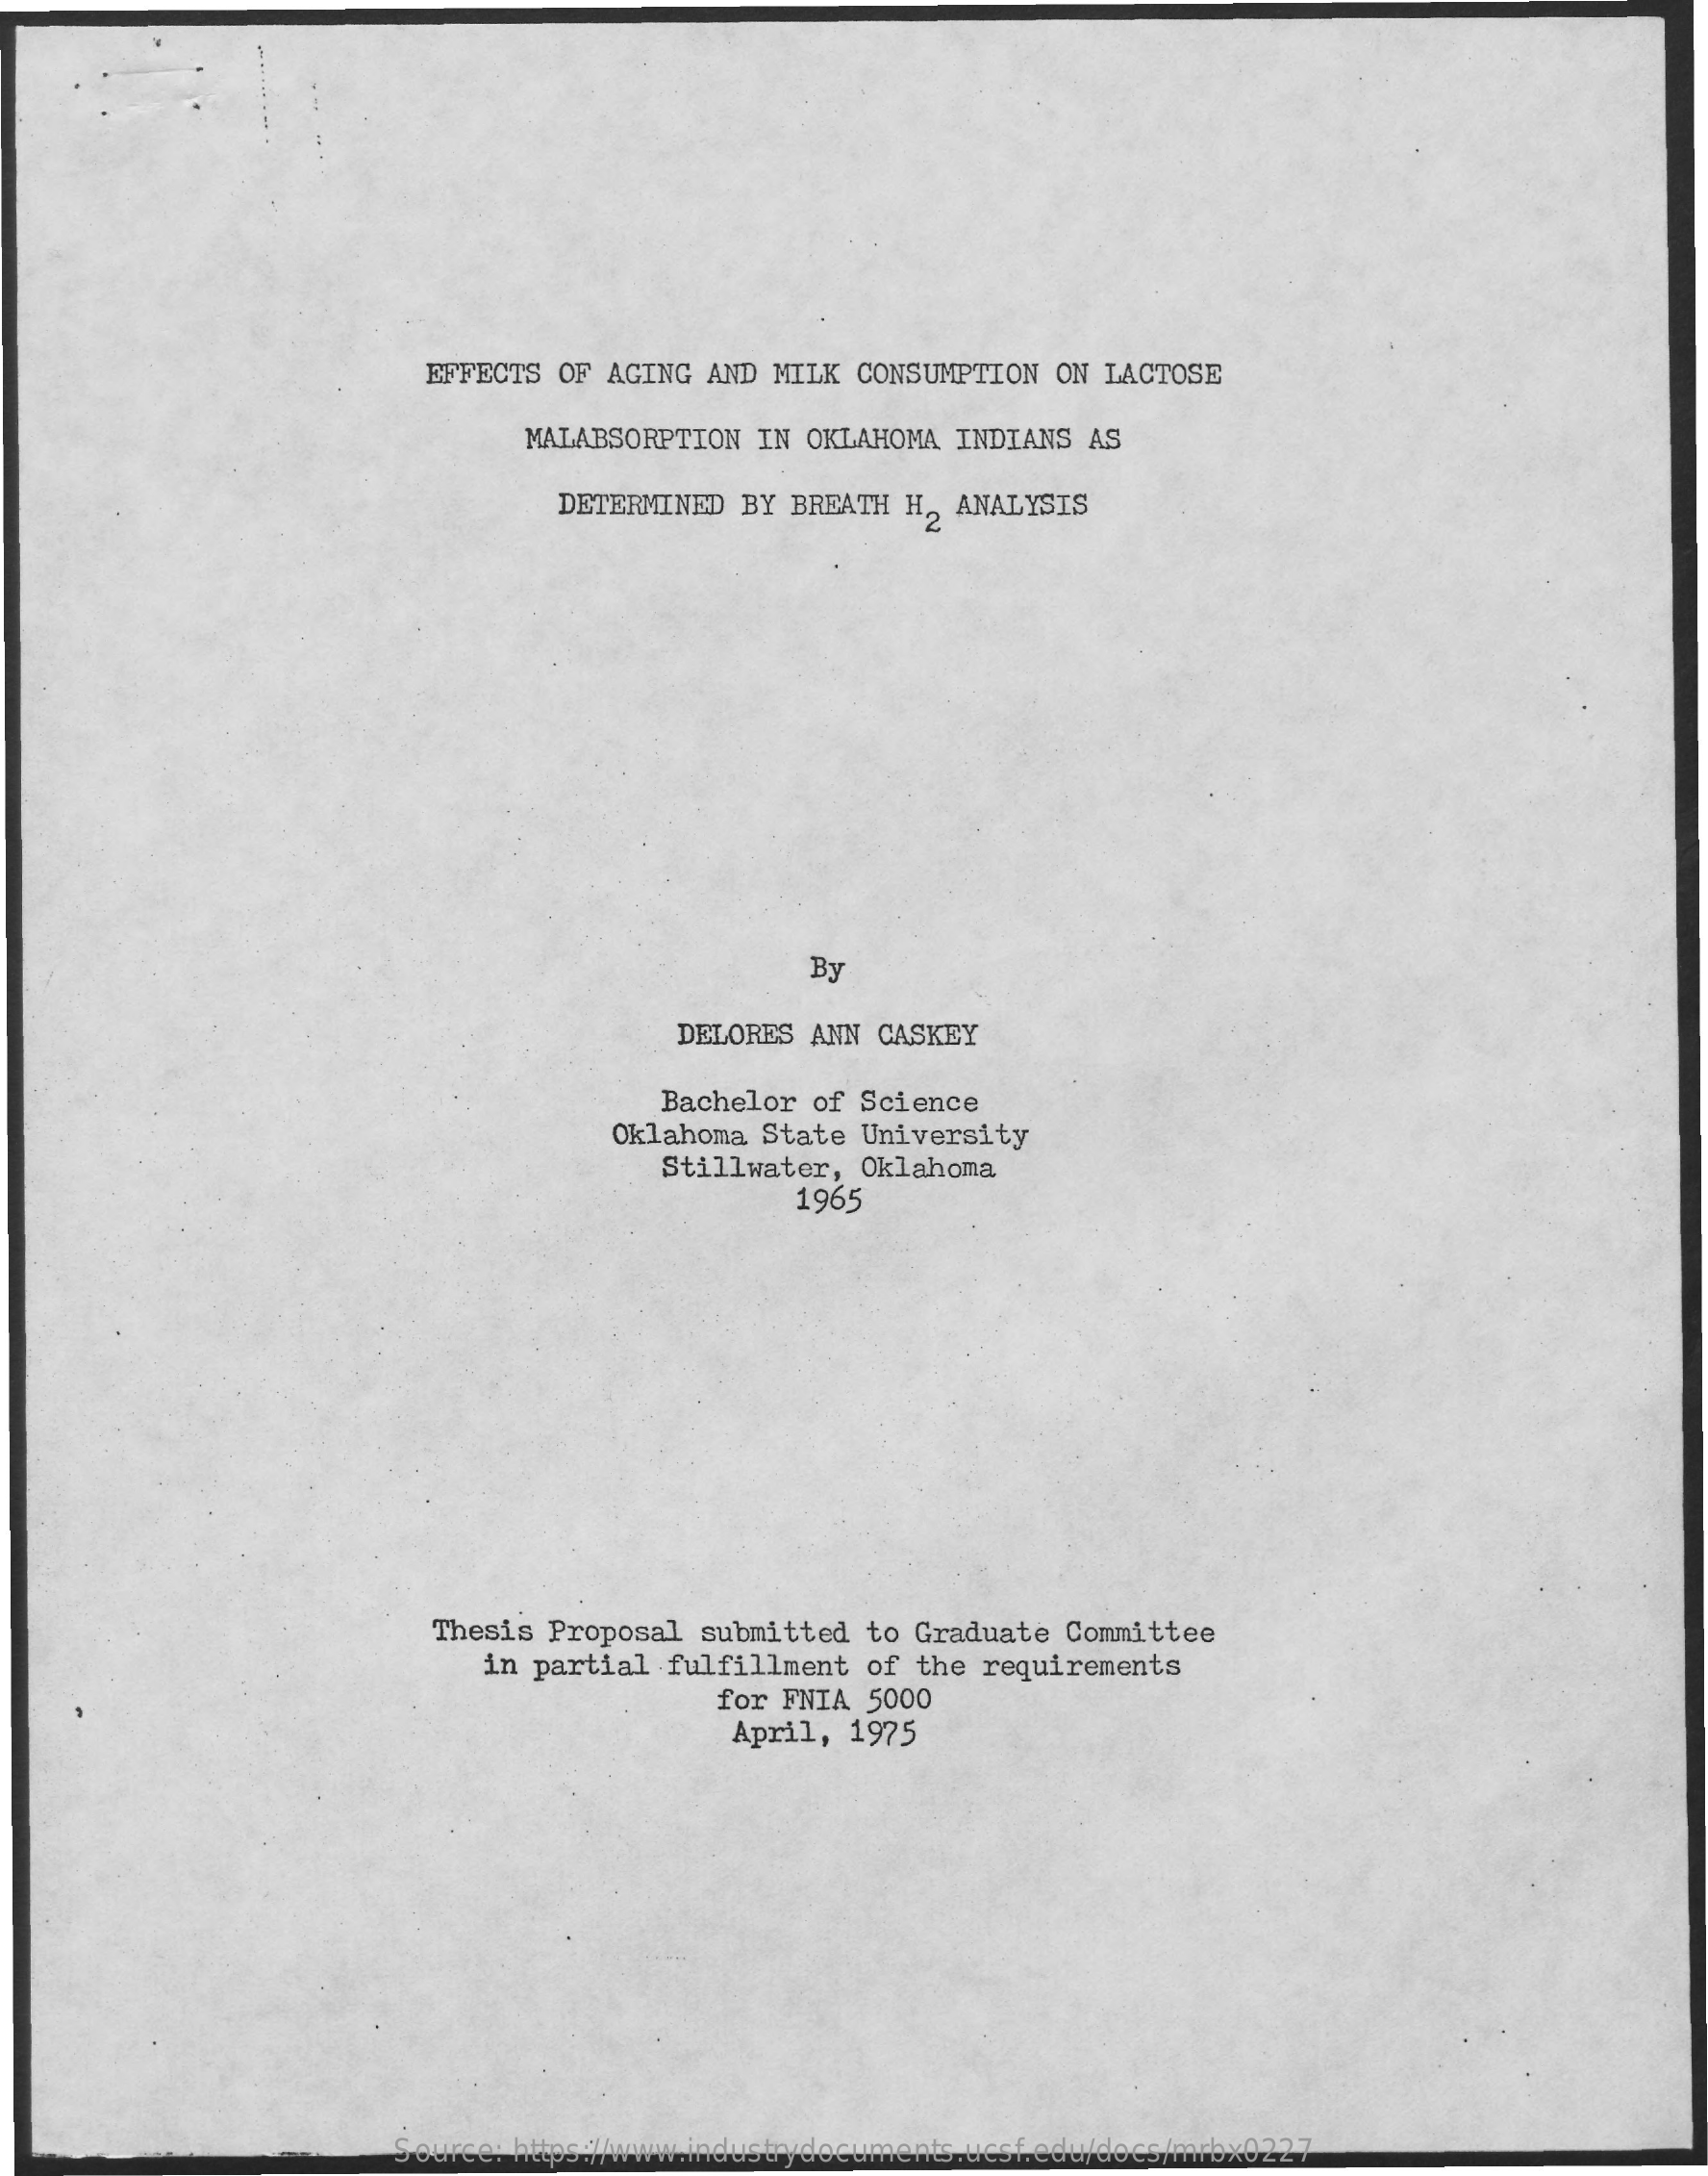
EFFECTS  OF AGING AND  MILK CONSUMPTION  ON LACTOSE
     MALABSORPTION  IN OKLAHOMA INDIANS  AS
     DETERMINED  BY BREATH H, ANALYSIS
     By
     DELORES ANN CASKEY
     Bachelor of Science
     Oklahoma State University
     Stillwater, Oklahoma
     1965
     Thesis Proposal  submitted  to Graduate Committee
     in partial  fulfillment  of the requirements
     for FNIA  5000
     April,  1975
     Source: https://www.industrydocuments.ucsf.edu/docs/mrbx0227